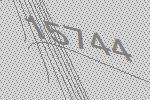
15744